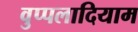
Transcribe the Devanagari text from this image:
वुप्पलादियाम